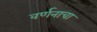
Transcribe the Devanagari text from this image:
वर्णनाचा